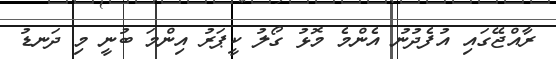
ރާއްޖޭގައި އުފެދުނު އެންމެ މޮޅު ގޯލު ކީޕަރު އިންމަ ބުނީ މި ދަނޑު